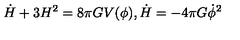
\dot { H } + 3 H ^ { 2 } = 8 \pi G V ( \phi ) , \dot { H } = - 4 \pi G \dot { \phi } ^ { 2 }